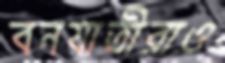
বনযাত্রীরাও